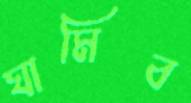
ঘামিব